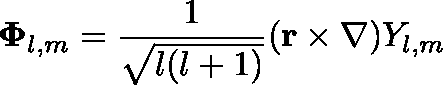
\mathbf { \Phi } _ { l , m } = { \frac { 1 } { \sqrt { l ( l + 1 ) } } } ( \mathbf { r } \times \nabla ) Y _ { l , m }